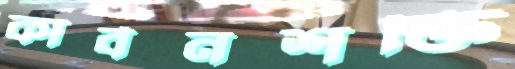
কার্বনশক্তি